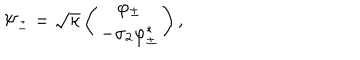
\Psi _ { \pm } = \sqrt { \kappa } \left( \begin{matrix} { { \varphi _ { \pm } } } \\ { { - \sigma _ { 2 } \varphi _ { \pm } ^ { \ast } } } \\ \end{matrix} \right) ,